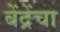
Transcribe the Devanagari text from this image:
बेंद्रेंचा